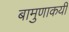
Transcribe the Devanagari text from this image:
बामुणाकयी